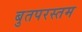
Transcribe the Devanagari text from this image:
बुतपरस्तम